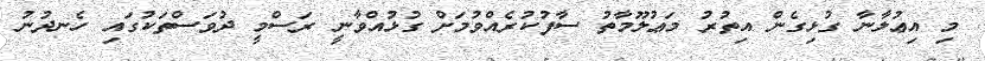
މި އިޢުލާނާ ގުޅިގެން އިތުރު މަޢުލޫމާތު ސާފުކުރެއްވުމަށް ގުޅުއްވާނީ ރަސްމީ ދުވަސްތަކުގައި ހެނދުނު